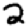
Digit: 2